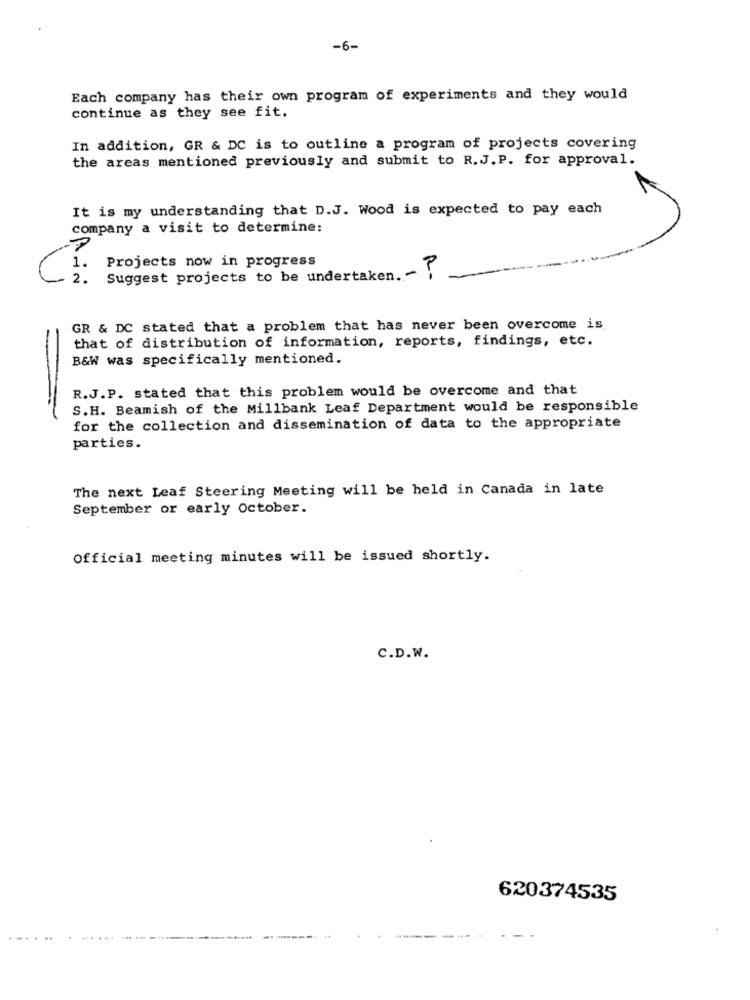
-6-
Each company has their own program of experiments and they would
continue as they see fit.
In addition, GR & DC is to outline a program of projects covering
the areas mentioned previously and submit to R.J. P. for approval.
It is my understanding that D.J. Wood is expected to pay each
company a visit to determine:
Projects now in progress
1.
2. Suggest projects to be undertaken. - ?
GR & DC stated that a problem that has never been overcome is
that of distribution of information, reports, findings, etc.
B&W was specifically mentioned.
R.J.P. stated that this problem would be overcome and that
S.H. Beamish of the Millbank Leaf Department would be responsible
for the collection and dissemination of data to the appropriate
parties.
The next Leaf Steering Meeting will be held in Canada in late
September or early October.
Official meeting minutes will be issued shortly.
C.D.W.
620374535